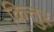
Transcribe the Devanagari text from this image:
कित्तुर